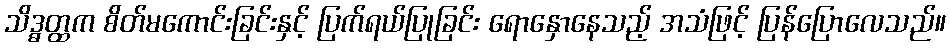
သိဒ္ဓတ္ထက စိတ်မကောင်းခြင်းနှင့် ပြက်ရယ်ပြုခြင်း ရောနှောနေသည့် အသံဖြင့် ပြန်ပြောလေသည်။